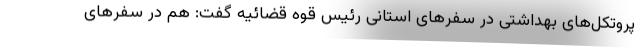
پروتکل‌های بهداشتی در سفرهای استانی رئیس قوه قضائیه گفت: هم در سفرهای